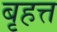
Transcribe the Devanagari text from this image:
बृहत्त